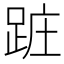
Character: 𨀵